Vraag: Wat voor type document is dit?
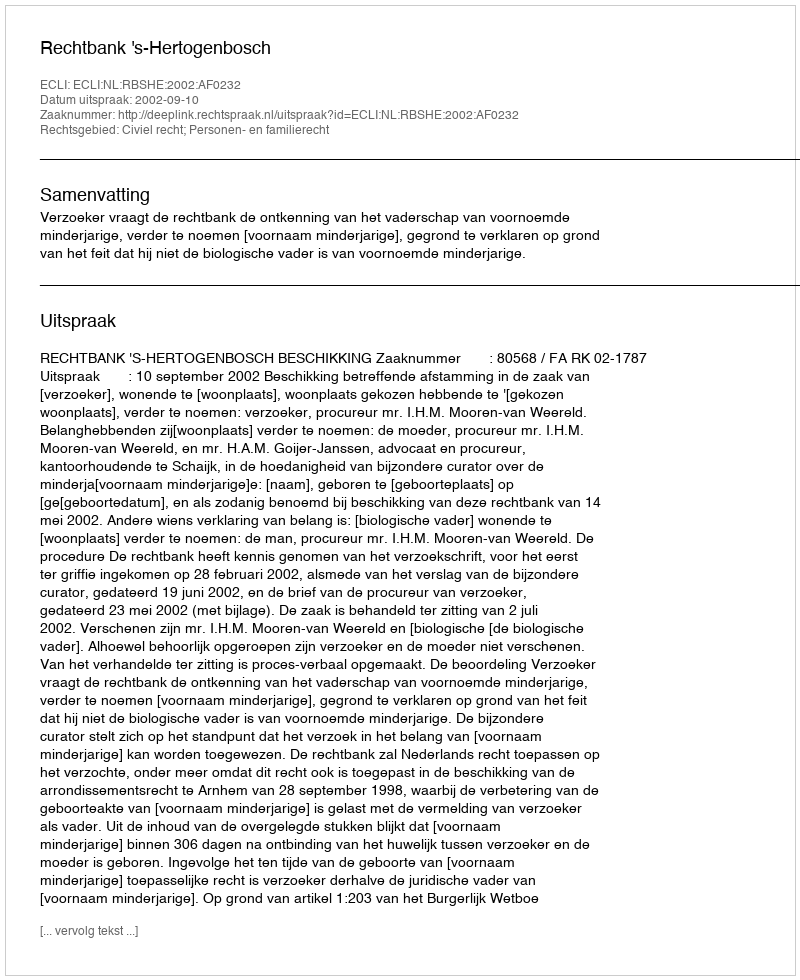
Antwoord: Uitspraak